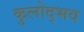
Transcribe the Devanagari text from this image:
कुलोद्भव